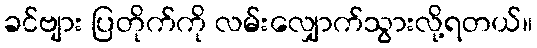
ခင်ဗျား ပြတိုက်ကို လမ်းလျှောက်သွားလို့ရတယ်။